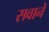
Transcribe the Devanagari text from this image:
सवाने